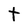
Character: t